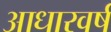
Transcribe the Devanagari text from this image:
आधारवर्ष